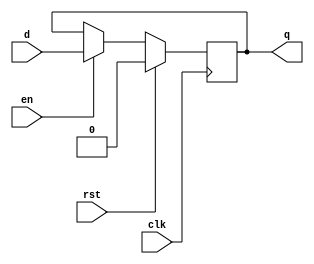
module sdffe( input d, clk, rst, en, output reg q );
	always @( posedge clk)
		if (rst)
			q <= 0;
		else
			if (en)
				q <= d;
endmodule